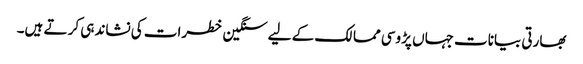
بھارتی بیانات جہاں پڑوسی ممالک کے لیے سنگین خطرات کی نشاندہی کر تے ہیں۔